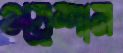
ওয়েশান